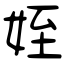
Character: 姪